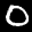
Label: 0